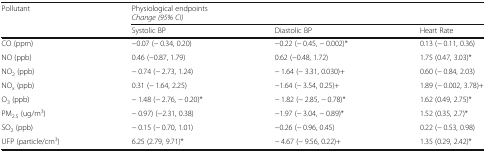
| <ROWSPAN=2> Pollutant | <COLSPAN=3> Physiological endpointsChange (95% CI) |
 | Systolic BP | Diastolic BP | Heart Rate |
 | --- | --- | --- | --- |
 | CO (ppm) | −0.07 (− 0.34, 0.20) | −0.22 (− 0.45, − 0.002)* | 0.13 (− 0.11, 0.36) |
 | NO (ppb) | 0.46 (−0.87, 1.79) | 0.62 (−0.48, 1.72) | 1.75 (0.47, 3.03)* |
 | NO2 (ppb) | − 0.74 (− 2.73, 1.24) | − 1.64 (− 3.31, 0.030)+ | 0.60 (− 0.84, 2.03) |
 | NOx (ppb) | 0.31 (− 1.64, 2.25) | −1.64 (− 3.54, 0.25)+ | 1.89 (− 0.002, 3.78)+ |
 | O3 (ppb) | − 1.48 (− 2.76, − 0.20)* | − 1.82 (− 2.85, − 0.78)* | 1.62 (0.49, 2.75)* |
 | PM2.5 (ug/m3) | − 0.97) (−2.31, 0.38) | −1.97 (− 3.04, − 0.89)* | 1.52 (0.35, 2.7)* |
 | SO2 (ppb) | − 0.15 (− 0.70, 1.01) | −0.26 (− 0.96, 0.45) | 0.22 (− 0.53, 0.98) |
 | UFP (particle/cm3) | 6.25 (2.79, 9.71)* | − 4.67 (− 9.56, 0.22)+ | 1.35 (0.29, 2.42)* |